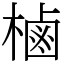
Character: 樐